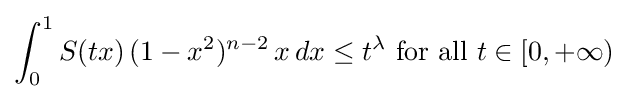
\int _{0}^{1}S(tx)\,(1-x^{2})^{n-2}\,x\,dx\leq t^{\lambda }{\text{ for all }}t\in [0,+\infty )